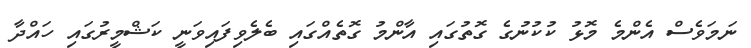
ނަމަވެސް އެންމެ މޮޅު ކުކުނުގެ ގޮތުގައި އާންމު ގޮތެއްގައި ބެލެވިފައިވަނީ ކަޝްމީރުގައި ހައްދާ